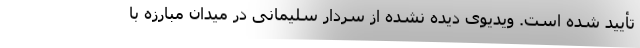
تأیید شده است. ویدیوی دیده نشده از سردار سلیمانی در میدان مبارزه با